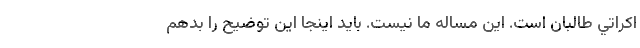
اكراتي طالبان است. اين مساله ما نيست. بايد اينجا اين توضيح را بدهم